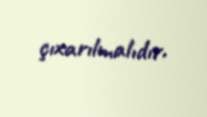
çıxarılmalıdır.